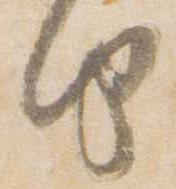
由